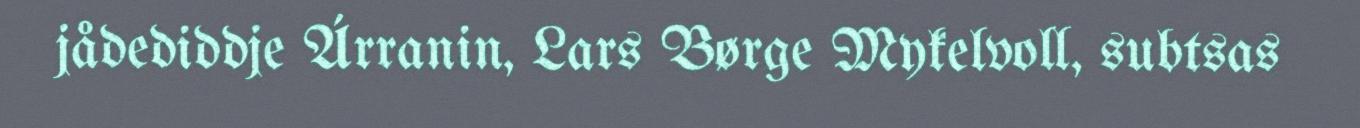
jådediddje Árranin, Lars Børge Mykelvoll, subtsas